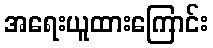
အရေးယူထားကြောင်း